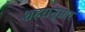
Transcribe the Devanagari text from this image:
शहरानुसार